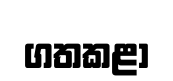
ගතකළා